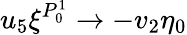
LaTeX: u_{5}\xi^{P_{0}^{1}}\to-v_{2}\eta_{0}